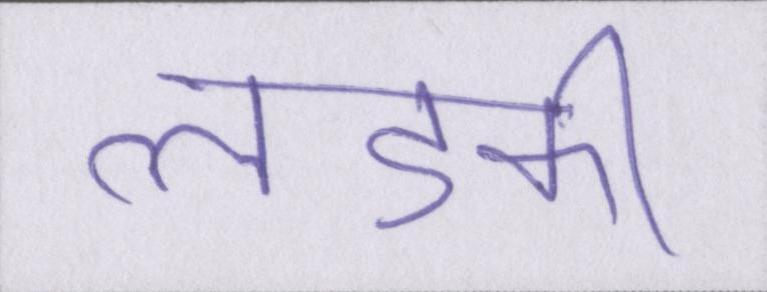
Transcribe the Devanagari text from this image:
लडकी